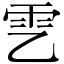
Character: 𩁶